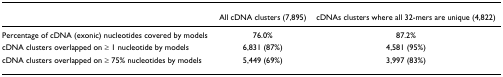
|  | All cDNA clusters (7,895) | cDNAs clusters where all 32-mers are unique (4,822) |
 | --- | --- | --- |
 | Percentage of cDNA (exonic) nucleotides covered by models | 76.0% | 87.2% |
 | cDNA clusters overlapped on ≥ 1 nucleotide by models | 6,831 (87%) | 4,581 (95%) |
 | cDNA clusters overlapped on ≥ 75% nucleotides by models | 5,449 (69%) | 3,997 (83%) |